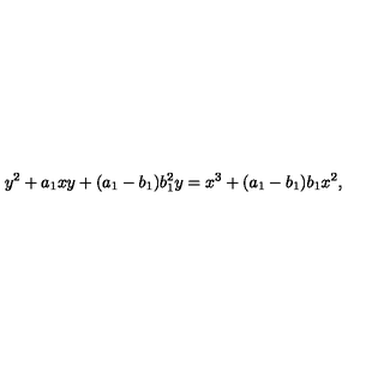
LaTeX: y ^ { 2 } + a _ { 1 } x y + ( a _ { 1 } - b _ { 1 } ) b _ { 1 } ^ { 2 } y = x ^ { 3 } + ( a _ { 1 } - b _ { 1 } ) b _ { 1 } x ^ { 2 } ,